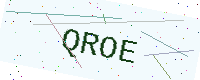
Text: QROE